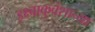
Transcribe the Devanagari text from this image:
इक्ष्वाकुवंशाच्या